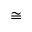
\cong